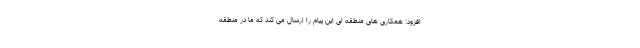
افزود: همکاری های منطقه ای این پیام را ارسال می کند که ما در منطقه